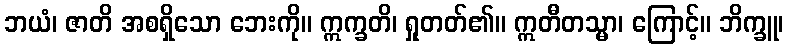
ဘယံ၊ ဇာတိ အစရှိသော ဘေးကို။ ဣက္ခတိ၊ ရှုတတ်၏။ ဣတီတသ္မာ၊ ကြောင့်။ ဘိက္ခူ၊